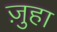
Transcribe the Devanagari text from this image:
ज़ुहा